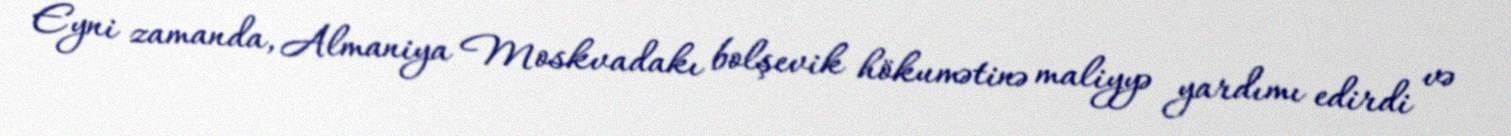
Eyni zamanda, Almaniya Moskvadakı bolşevik hökumətinə maliyyə yardımı edirdi və